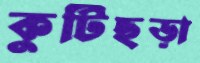
কুটিছড়া